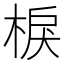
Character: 棙